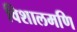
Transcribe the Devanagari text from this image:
विशालमणि